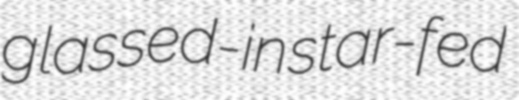
glassed-in star-fed